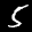
Label: 5